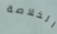
الخلاصة